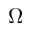
\Omega